Vaccination in Bombay 1902-1912 - 1902-1912
Year: 1902
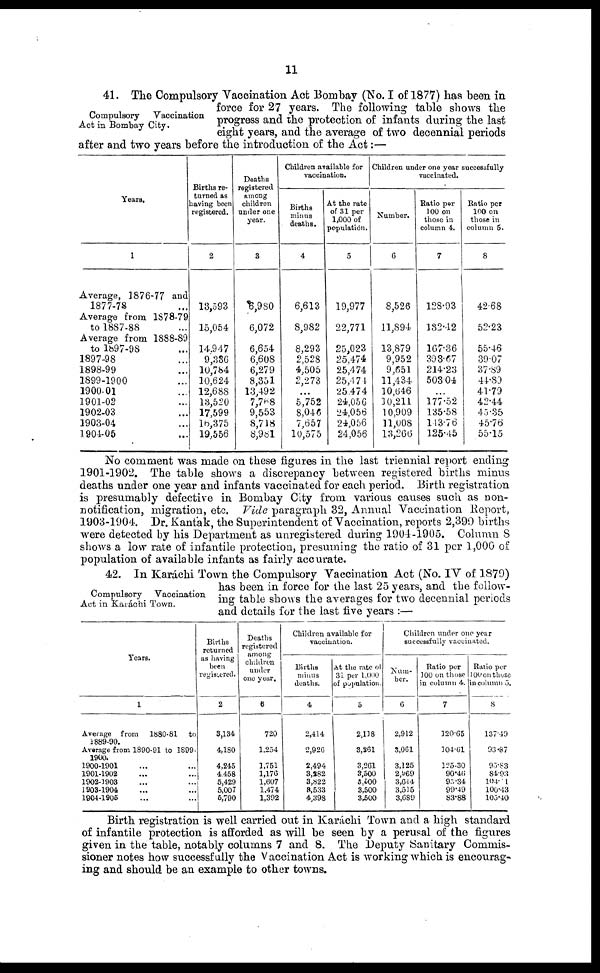
11
Compulsory
Vaccination
Act in Bombay City.
41. The Compulsory Vaccination Act Bombay (No. I of 1877) has been in
force for 27 years. The following table shows the
progress and the protection of infants during the last
eight years, and the average of two decennial periods
after and two years before the introduction of the Act:—
Years.
1
Average, 1876-77 and
1877-78 ...
Average from 1878-79
to 1887-88 ...
Average from 1888-89
to 1897-98 ...
1897-98 ...
1898-99 ...
1899-1900 ...
1900-01 ...
1901-02 ...
1902-03 ...
1903-04 ...
1904-05 ...
Births re-
turned as
having been
registered.
2
13,593
15,054
14.947
9,336
10,784
10,624
12,688
13,520
17,599
16,375
19,556
Deaths
registered
among
children
under one
year.
3
6,9S0
6,072
6,654
6,608
6,279
8,351
13,492
7,768
9,553
8,718
8,981
Children available for
vaccination.
Births
minus
deaths.
4
6,613
8,982
8,293
2,528
4,505
2,273
...
5,752
8,046
7,657
10,575
At the rate
of 31 per
1,000 of
population.
5
19,977
22,771
25,023
25,474
25,474
25,474
25,474
24,056
24,056
24,056
24,056
Children under one year successfully
vaccinated.
Number.
6
8,526
11,894
13,879
9,952
9,651
11,434
10,646
10,211
10,909
11,008
13,266
Ratio per
100 on
those in
column 4.
7
128.93
132.42
167.36
393.67
214.23
503.04
...
177.52
135.58
143.76
125.45
Ratio per
100 on
those in
column 5.
8
42.68
52.23
55.46
39.07
37.89
44.89
41.79
42.44
45.35
45.76
55.15
No comment was made on these figures in the last triennial report ending
1901-1902. The table shows a discrepancy between registered births minus
deaths under one year and infants vaccinated for each period. Birth registration
is presumably defective in Bombay City from various causes such as non-
notification, migration, etc. Vide paragraph 32, Annual Vaccination Report,
1903-1904. Dr. Kantak, the Superintendent of Vaccination, reports 2,399 births
were detected by his Department as unregistered during 1904-1905. Column 8
shows a low rate of infantile protection, presuming the ratio of 31 per 1,000 of
population of available infants as fairly accurate.
Compulsory
Vaccination
Act in Karáchi Town.
42. In Karáchi Town the Compulsory Vaccination Act (No. IV of 1879)
has been in force for the last 25 years, and the follow-
ing table shows the averages for two decennial periods
and details for the last five years :—
Years.
1
Average from
1880-81
to
1889-90.
Average from 1890-91 to 1899-
1900.
1900-1901 ... ...
1901-1902 ... ...
1902-1903 ... ...
1903-1904 ... ...
1904-1905 ... ...
Births
returned
as having
been
registered.
2
3,134
4,180
4,245
4,458
5,429
5,007
5,790
Deaths
registered
among
children
under
one year.
3
720
1,254
1,751
1,176
1,607
1,474
1,392
Children available for
vaccination.
Births
minus
deaths.
4
2,414
2,926
2,494
3,282
3,822
3,533
4,398
At the rate of
31 per 1,000
of population.
5
2,118
3,261
3,261
3,500
3,500
3,500
3,500
Children under one year
successfully vaccinated.
Num-
ber.
6
2,912
3,061
3,125
2,969
3,644
3,515
3,689
Ratio per
100 on those
in column 4.
7
120.65
104.61
l25.30
90.46
95.34
99.49
83.88
Ratio per
100 on those
in column 5.
8
137.49
93.87
95.83
84.93
104.11
100.43
105.40
Birth registration is well carried out in Karáchi Town and a high standard
of infantile protection is afforded as will be seen by a perusal of the figures
given in the table, notably columns 7 and 8. The Deputy Sanitary Commis-
sioner notes how successfully the Vaccination Act is working which is encourag-
ing and should be an example to other towns.